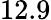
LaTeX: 12.9